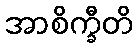
အာစိက္ခီတိ